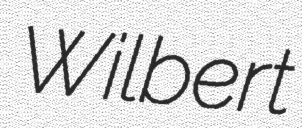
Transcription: Wilbert